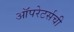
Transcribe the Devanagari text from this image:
ऑपरेटर्सची